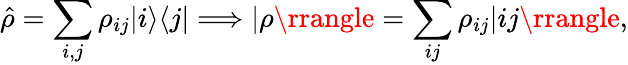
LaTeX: \hat{\rho}=\sum_{i,j}\rho_{ij}|i\rangle\langle j|\Longrightarrow|\rho\rrangle=\sum_{ij}\rho_{ij}|ij\rrangle,